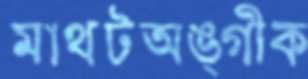
মাথটঅঙ্গীক